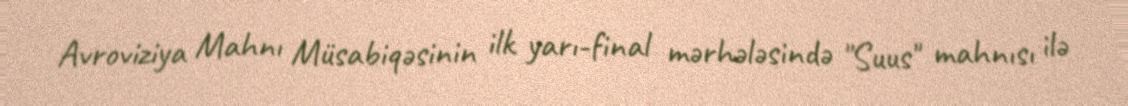
Avroviziya Mahnı Müsabiqəsinin ilk yarı-final mərhələsində "Suus" mahnısı ilə